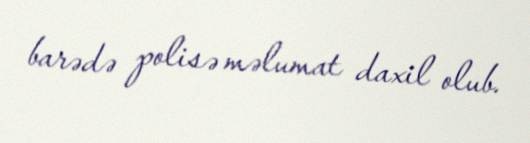
barədə polisə məlumat daxil olub.